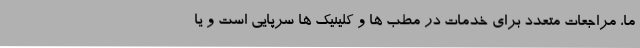
ما، مراجعات متعدد برای خدمات در مطب ها و کلینیک ها سرپایی است و یا